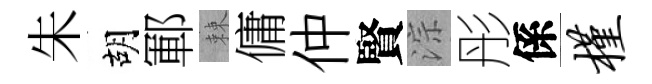
朱胡鄆棘傭仲賢淙彤係槿